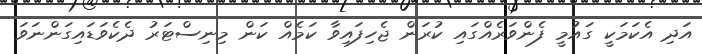
އަދި އެކަމަކީ ގައުމީ ފެންވަރެއްގައި ކުރަން ޖެހިފައިވާ ކަމެއް ކަން މިނިސްޓަރު ދެކެވަޑައިގަންނަވަ